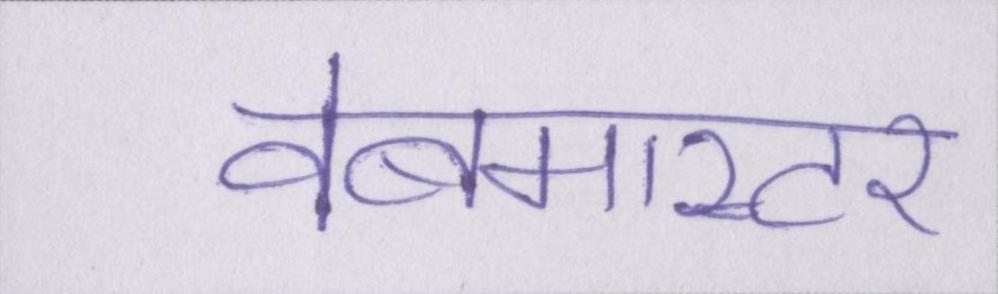
वेबमास्टर